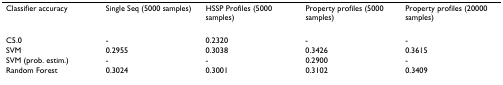
<table><thead><tr><td><b>Classifier accuracy</b></td><td><b>Single Seq (5000 samples)</b></td><td><b>HSSP Profiles (5000 samples)</b></td><td><b>Property profiles (5000 samples)</b></td><td><b>Property profiles (20000 samples)</b></td></tr></thead><tbody><tr><td>C5.0</td><td>-</td><td>0.2320</td><td>-</td><td>-</td></tr><tr><td>SVM</td><td>0.2955</td><td>0.3038</td><td>0.3426</td><td>0.3615</td></tr><tr><td>SVM (prob. estim.)</td><td>-</td><td>-</td><td>0.2900</td><td>-</td></tr><tr><td>Random Forest</td><td>0.3024</td><td>0.3001</td><td>0.3102</td><td>0.3409</td></tr></tbody></table>